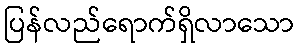
ပြန်လည်ရောက်ရှိလာသော